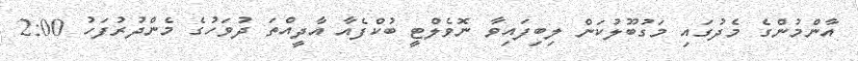
އާންމުންގެ މެދުގައި މަގުބޫލުކަން ލިބިފައިވާ ނޮވެލްޓީ ބުކްފެއާ އާދީއްތަ ދުވަހުގެ މެންދުރުފަހު 2:00